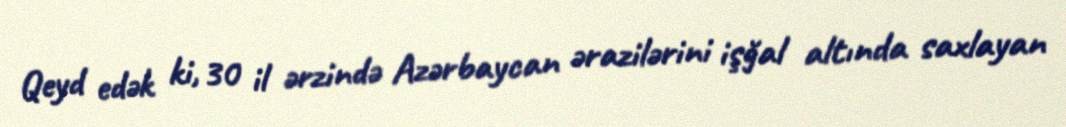
Qeyd edək ki, 30 il ərzində Azərbaycan ərazilərini işğal altında saxlayan